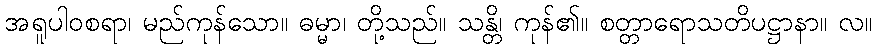
အရူပါဝစရာ၊ မည်ကုန်သော။ ဓမ္မာ၊ တို့သည်။ သန္တိ၊ ကုန်၏။ စတ္တာရောသတိပဋ္ဌာနာ။ လ။